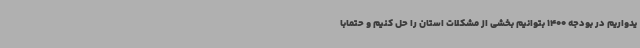
یدواریم در بودجه 1400 بتوانیم بخشی از مشکلات استان را حل کنیم و حتمابا